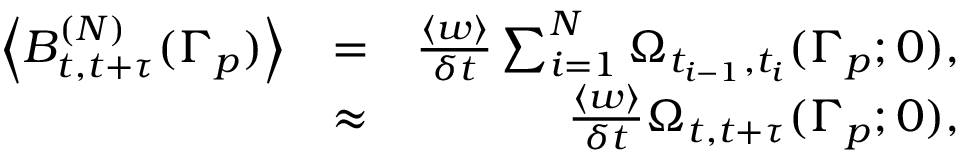
\begin{array} { r l r } { \left< B _ { t , t + \tau } ^ { ( N ) } ( \Gamma _ { p } ) \right> } & { = } & { \frac { \left< w \right> } { \delta t } \sum _ { i = 1 } ^ { N } \Omega _ { t _ { i - 1 } , t _ { i } } ( \Gamma _ { p } ; 0 ) , } \\ & { \approx } & { \frac { \left< w \right> } { \delta t } \Omega _ { t , t + \tau } ( \Gamma _ { p } ; 0 ) , } \end{array}